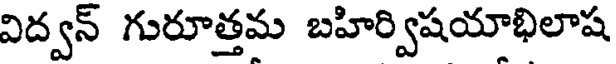
విద్వన్ గురూత్తమ బహిర్విషయాభిలాష